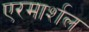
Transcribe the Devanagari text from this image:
एरमार्शल